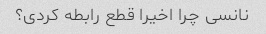
نانسی چرا اخیرا قطع رابطه کردی؟